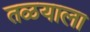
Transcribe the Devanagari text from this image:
तळयाला